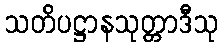
သတိပဋ္ဌာနသုတ္တာဒီသု